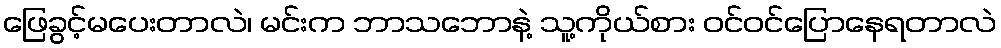
ဖြေခွင့်မပေးတာလဲ၊ မင်းက ဘာသဘောနဲ့ သူ့ကိုယ်စား ဝင်ဝင်ပြောနေရတာလဲ